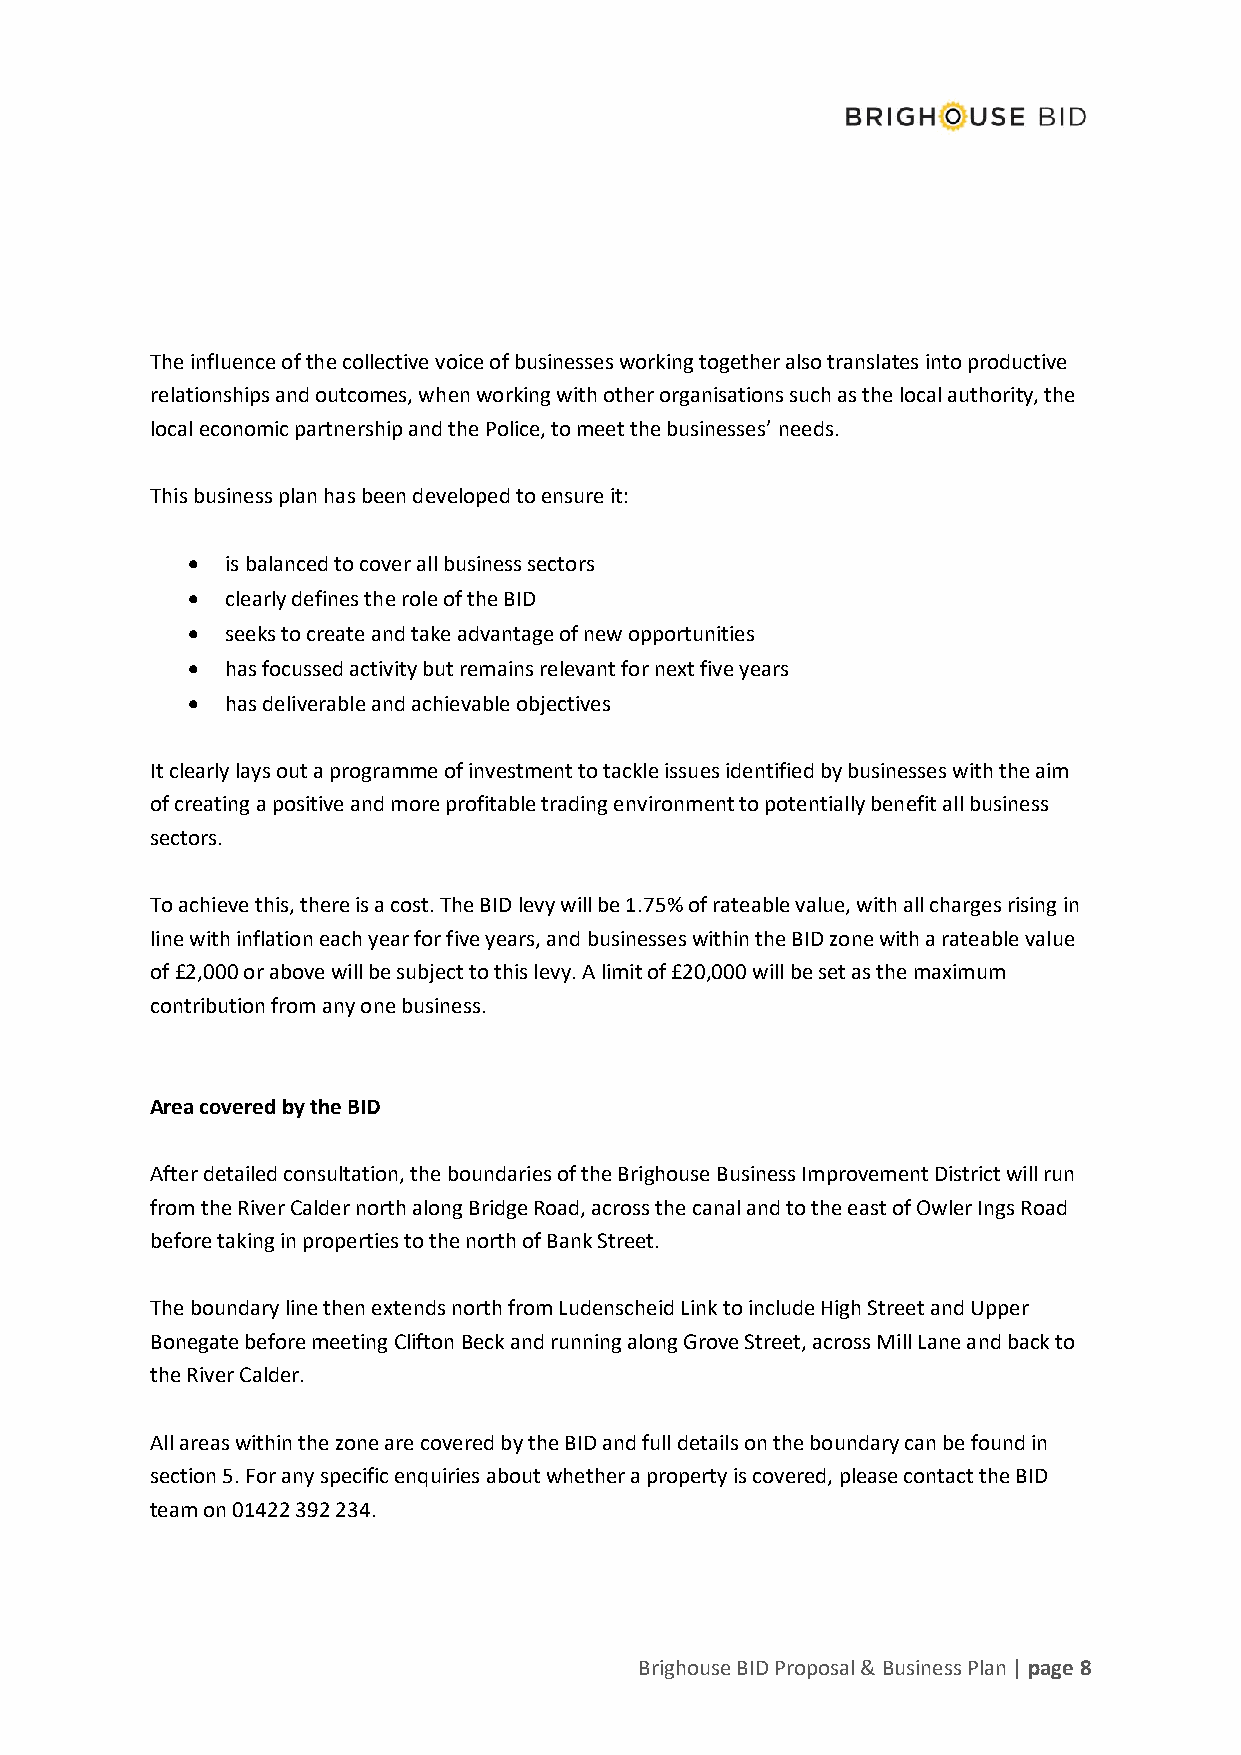
The influence of the collective voice of businesses working together also translates into productive
 relationships and outcomes, when working with other organisations such as the local authority, the
 local economic partnership and the Police, to meet the businesses’ needs.
 This business plan has been developed to ensure it:
 •  is balanced to cover all business sectors
 •  clearly defines the role of the BID
 •  seeks to create and take advantage of new opportunities
 •  has focussed activity but remains relevant for next five years
 •  has deliverable and achievable objectives
 It clearly lays out a programme of investment to tackle issues identified by businesses with the aim
 of creating a positive and more profitable trading environment to potentially benefit all business
 sectors.
 To achieve this, there is a cost. The BID levy will be 1.75% of rateable value, with all charges rising in
 line with inflation each year for five years, and businesses within the BID zone with a rateable value
 of £2,000 or above will be subject to this levy. A limit of £20,000 will be set as the maximum
 contribution from any one business.
 Area covered by the BID
 After detailed consultation, the boundaries of the Brighouse Business Improvement District will run
 from the River Calder north along Bridge Road, across the canal and to the east of Owler Ings Road
 before taking in properties to the north of Bank Street.
 The boundary line then extends north from Ludenscheid Link to include High Street and Upper
 Bonegate before meeting Clifton Beck and running along Grove Street, across Mill Lane and back to
 the River Calder.
 All areas within the zone are covered by the BID and full details on the boundary can be found in
 section 5. For any specific enquiries about whether a property is covered, please contact the BID
 team on 01422 392 234.
 Brighouse BID Proposal & Business Plan | page 8